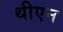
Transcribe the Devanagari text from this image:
थीएन